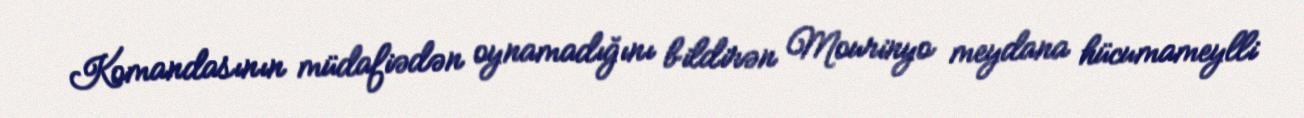
Komandasının müdafiədən oynamadığını bildirən Mourinyo meydana hücumameylli